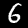
Label: 6